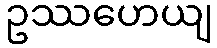
ဥဿဟေယျ